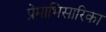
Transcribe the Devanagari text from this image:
प्रेमाभिसारिका